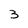
Character: 3